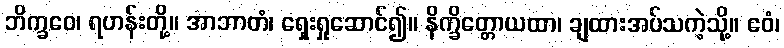
ဘိက္ခဝေ၊ ရဟန်းတို့။ အာဘာတံ၊ ရှေးရှုဆောင်၍။ နိက္ခိတ္တောယထာ၊ ချထားအပ်သကဲ့သို့။ ဧဝံ၊